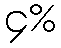
၄%